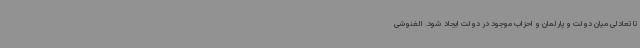
تا تعادلی میان دولت و پارلمان و احزاب موجود در دولت ایجاد شود. الغنوشی